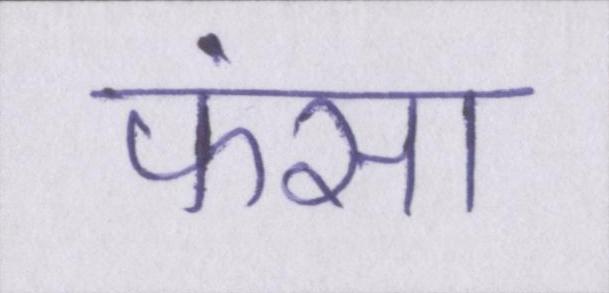
फंसा